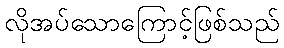
လိုအပ်သောကြောင့်ဖြစ်သည်